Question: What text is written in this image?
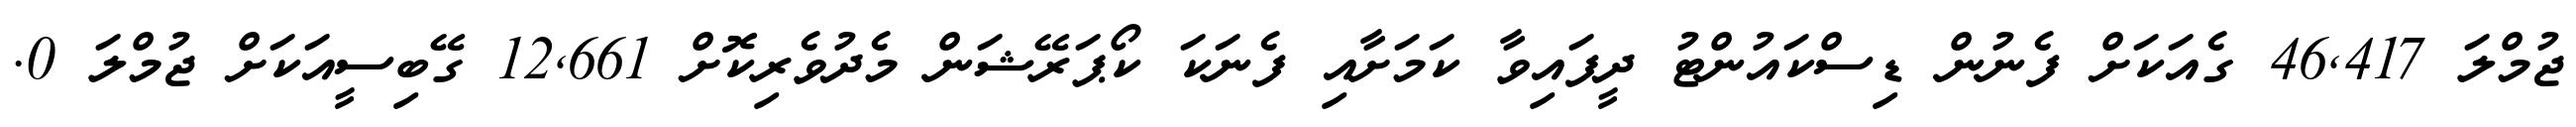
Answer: ޖުމްލަ 46,417 ގެއަކަށް ފެނުން ޑިސްކައުންޓު ދީފައިވާ ކަމަށާއި ފެނަކަ ކޯޕަރޭޝަން މެދުވެރިކޮށް 12,661 ގޭބިސީއަކަށް ޖުމްލަ 0.